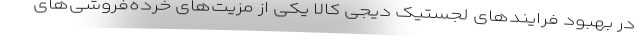
در بهبود فرایندهای لجستیک دیجی­ کالا یکی از مزیت‌های خرده‌فروشی‌های